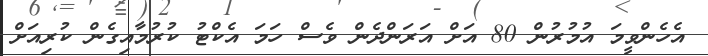
އެހެންވީމަ އުމުުރުން 80 އަށް އަރަންދެން ވެސް ހަމަ އެކްޓު ކުރުމާއިގެން ކުރިއަށް